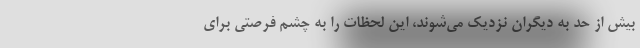
بیش از حد به دیگران نزدیک می‌شوند، این لحظات را به چشم فرصتی برای